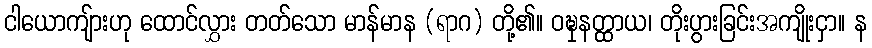
ငါယောကျ်ားဟု ထောင်လွှား တတ်သော မာန်မာန (ရာဂ) တို့၏။ ဝဍ္ဎှနတ္ထာယ၊ တိုးပွားခြင်းအကျိုးငှာ။ န